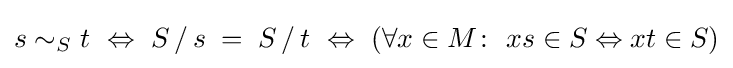
s\sim _{S}t\ \Leftrightarrow \ S\,/\,s\;=\;S\,/\,t\ \Leftrightarrow \ (\forall x\in M\colon \ xs\in S\Leftrightarrow xt\in S)